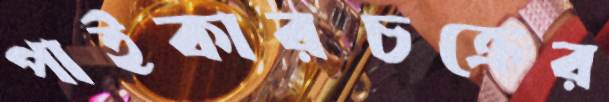
পাইকারচক্রের